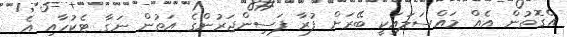
އެގޮތުން އެއް މައްސަލައަކީ ބޭރަށް ފުރާ ފަސިންޖަރުންގެ އަތުން ނަގާ ޓެކުހާއި އެ